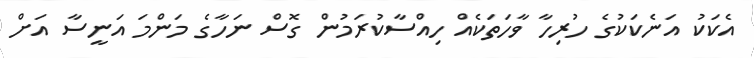
އެކަކު އަނެކަކުގެ ހުރިހާ ވާހަތަކެއް ހިއްސާކުރަމުން ގޮސް ނަހާގެ މަންމަ އަނީސާ އަށް